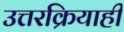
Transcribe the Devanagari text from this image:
उत्तरक्रियाही